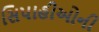
સિપાહીઓની